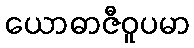
ယောဓာဇီဝူပမာ